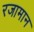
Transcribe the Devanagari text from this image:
रजामान